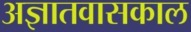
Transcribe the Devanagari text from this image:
अज्ञातवासकाल